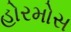
હોરમોસ